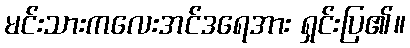
မင်းသားကလေးအင်ဒရေအား ရှင်းပြ၏။